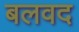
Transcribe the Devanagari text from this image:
बलवद